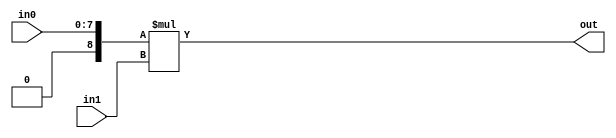
module Test_34(in0, in1, out);
  input [7:0] in0;
  input [7:0] in1;
  output  [15:0] out;
  wire signed [7:0] in1;
  wire signed [7:0] in0;
  wire signed [15:0] out;
  assign out = $signed({1'b0, in0}) * in1;      
endmodule